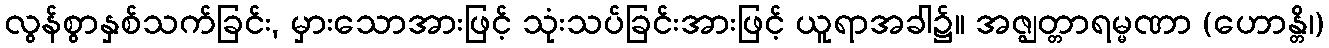
လွန်စွာနှစ်သက်ခြင်း, မှားသောအားဖြင့် သုံးသပ်ခြင်းအားဖြင့် ယူရာအခါ၌။ အဇ္ဈတ္တာရမ္မဏာ (ဟောန္တိ၊)